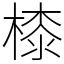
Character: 㯃